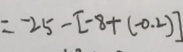
= - 2 5 - [ - 8 + ( - 0 . 2 ) ]